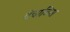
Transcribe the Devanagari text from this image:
बेचाळिस